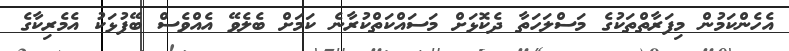
އެހެންކަމުން މިފަރާތްތަކުގެ މަސްލަހަތާ ދެކޮޅަށް މަސައްކަތްކުރާނެ ކަމަށް ބެލެވޭ އެއްވެސް ބޭފުޅަކު އެމެރިކާގެ